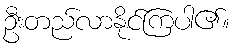
ဦးတည်လာနိုင်ကြပါ၏။